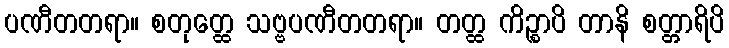
ပဏီတတရာ။ စတုတ္ထေ သဗ္ဗပဏီတတရာ။ တတ္ထ ကိဉ္စာပိ တာနိ စတ္တာရိပိ